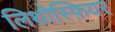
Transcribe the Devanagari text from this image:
लिथोस्फ़ियर